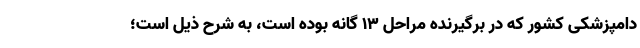
دامپزشکی کشور که در برگیرنده مراحل ۱۳ گانه بوده است، به شرح ذیل است؛